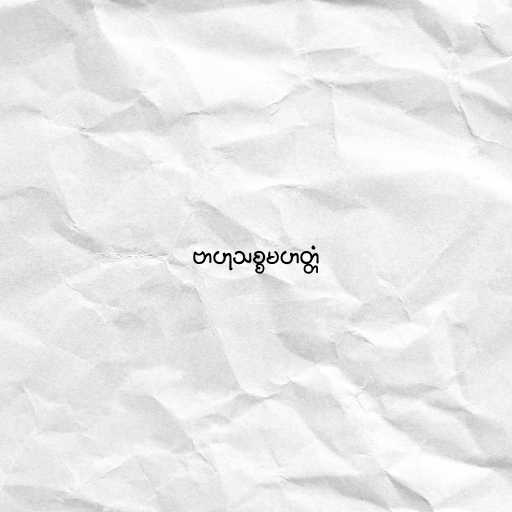
ဗာဟုသစ္စမဟတ္တံ